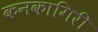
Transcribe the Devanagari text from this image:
कनकागिरी